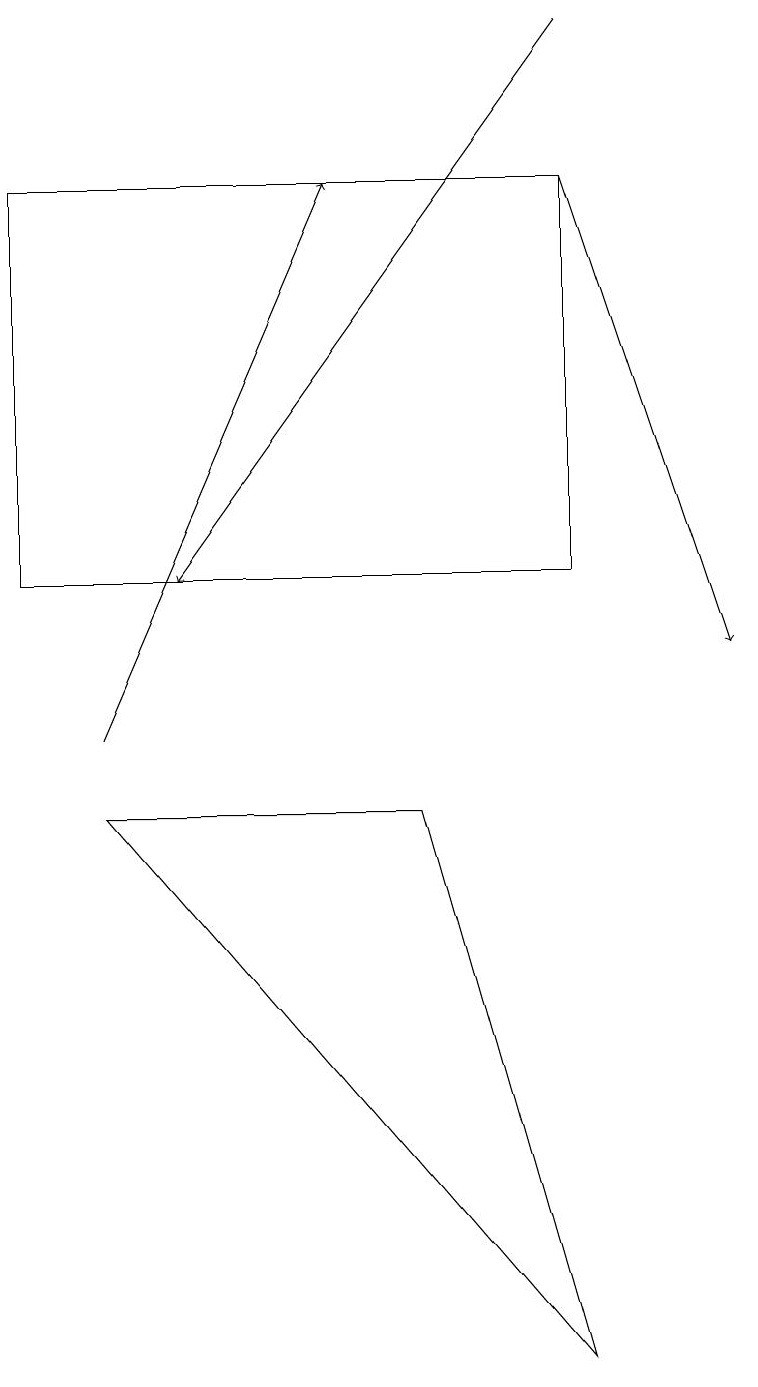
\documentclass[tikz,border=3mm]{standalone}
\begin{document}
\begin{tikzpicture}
\draw[->] (7,17) -- (9,11);
\draw (7,17) rectangle (0,12);
\draw[->] (7,19) -- (2,12);
\draw[->] (1,10) -- (4,17);
\draw (5,9) -- (1,9) -- (7,2) -- cycle;
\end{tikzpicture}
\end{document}